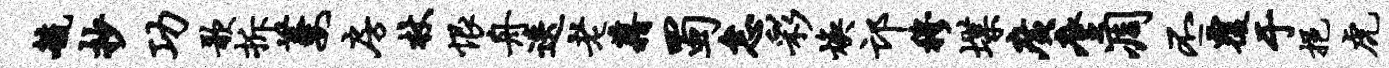
毓抄功歌拆萋房杖恨舟迭老藉蜀怠彩焕邙穆堞广麈凋丕覆于挹虎